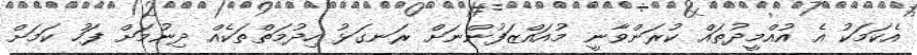
އެކަމަކު އެ އުއްމީދުތައް ކުރަންވާނީ މުއައްޒަފުންނަށް ރަނގަޅު ހިދުމަތްތަކެއް ދިނުމަށް ފަހު ކަމަށް